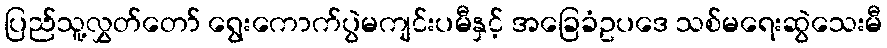
ပြည်သူ့လွှတ်တော် ရွေးကောက်ပွဲမကျင်းပမီနှင့် အခြေခံဥပဒေ သစ်မရေးဆွဲသေးမီ